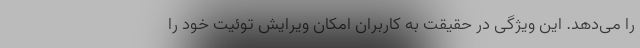
را می‌دهد. این ویژگی در حقیقت به کاربران امکان ویرایش توئیت خود را